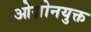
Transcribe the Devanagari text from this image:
ओज़ोनयुक्त